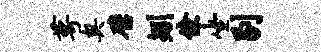
萼奥璧矧僚坐剔